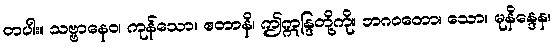
တပါး။ သဗ္ဗာနေဝ၊ ကုန်သော။ ဧတာနိ၊ ဤဣန္ဒြတို့ကို။ ဘဂဝတော၊ သော။ မုနိန္ဒေန၊